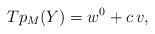
LaTeX: \begin{align*} Tp_M(Y)=w^0+c \,v,\end{align*}